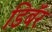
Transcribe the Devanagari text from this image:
डिबॅर